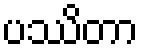
ပဿိတာ